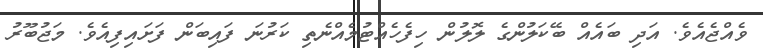
ވެއްޖެއެވެ. އަދި ބައެއް ބޭކަލުންގެ ލޮލުން ހިފެހެއްޓުމެއްނެތި ކަރުނަ ފައިބަން ފަށައިފިއެވެ. މަޖުބޫރު